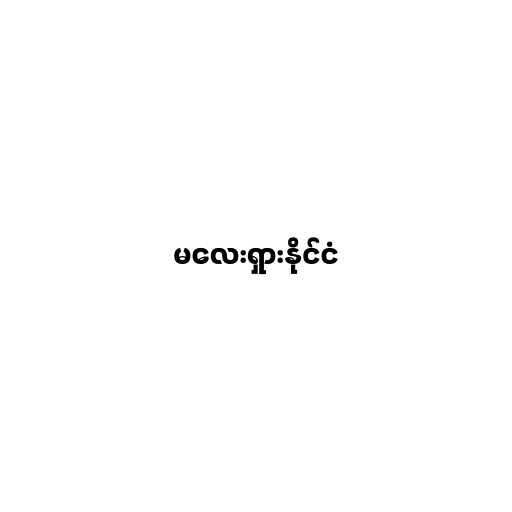
မလေးရှားနိုင်ငံ